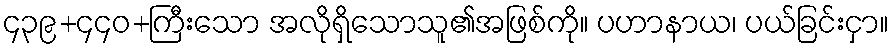
၄၃၉+၄၄၀+ကြီးသော အလိုရှိသောသူ၏အဖြစ်ကို။ ပဟာနာယ၊ ပယ်ခြင်းငှာ။